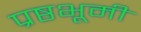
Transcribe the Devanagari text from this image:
प्रष्ठभूमी